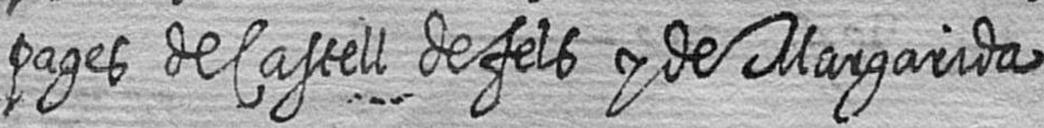
pages de Castell defels y de Margarida